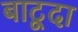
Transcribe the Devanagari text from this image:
बाटूदा